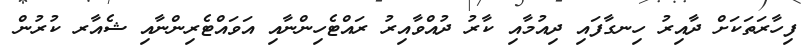
ފިހާރަތަކަށް ދާއިރު ހިނގާފައި ދިއުމާއި ކާރު ދުއްވާއިރު ރައްޓެހިންނާއި އަވައްޓެރިންނާއި ޝެއާރ ކުރުން